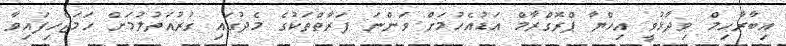
އިބާރާހިމް ވިދާޅުވީ އިހްޔާ ޕްރޮގްރާމް އަޑުއެހުމަށް ވަންނަ ފަރާތްތަކުގެ މެދުގައި ގުރުއަތުލުމަށް ހަމަޖެހިފައިވާ